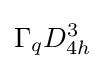
\Gamma _{q}D_{4h}^{3}